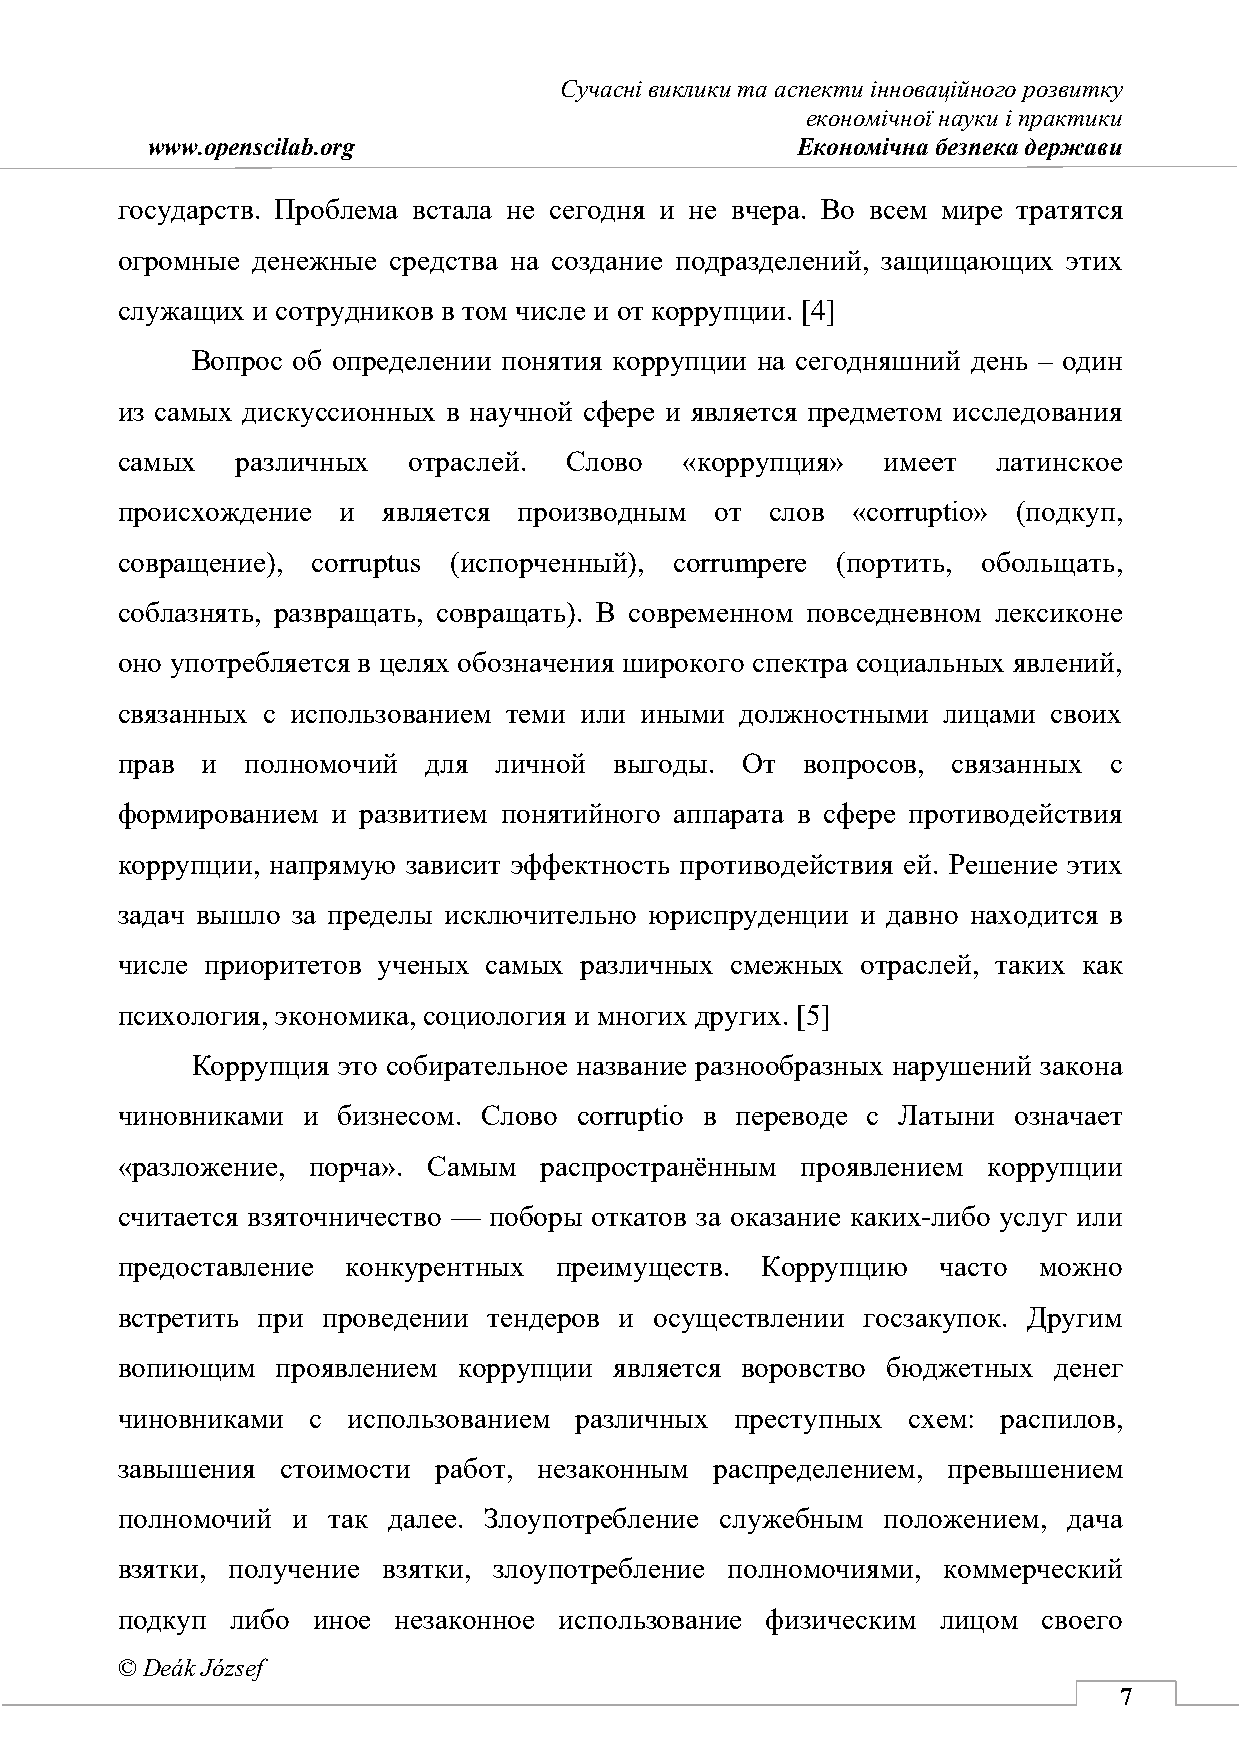
Сучасні виклики та аспекти інноваційного розвитку
 економічної науки і практики
 www.openscilab.org                         Економічна безпека держави
 государств. Проблема встала не сегодня и не вчера. Во всем мире тратятся
 огромные денежные средства на создание подразделений, защищающих этих
 служащих и сотрудников в том числе и от коррупции. [4]
 Вопрос об определении понятия коррупции на сегодняшний день – один
 из самых дискуссионных в научной сфере и является предметом исследования
 самых   различных  отраслей.  Слово  «коррупция»   имеет  латинское
 происхождение  и является производным  от  слов «corruptio» (подкуп,
 совращение), corruptus (испорченный), corrumpere (портить, обольщать,
 соблазнять, развращать, совращать). В современном повседневном лексиконе
 оно употребляется в целях обозначения широкого спектра социальных явлений,
 связанных с использованием теми или иными должностными лицами своих
 прав и  полномочий  для  личной  выгоды. От  вопросов, связанных с
 формированием и развитием понятийного аппарата в сфере противодействия
 коррупции, напрямую зависит эффектность противодействия ей. Решение этих
 задач вышло за пределы исключительно юриспруденции и давно находится в
 числе приоритетов ученых самых различных смежных отраслей, таких как
 психология, экономика, социология и многих других. [5]
 Коррупция это собирательное название разнообразных нарушений закона
 чиновниками и бизнесом. Слово corruptio в перевoде с Латыни означает
 «разложение, порча». Самым  распространённым проявлением коррупции
 считается взяточничество — поборы откатов за оказание каких-либо услуг или
 предоставление конкурентных  преимуществ. Коррупцию   часто  можно
 встретить при проведении тендеров и осуществлении госзакупок. Другим
 вопиющим  проявлением коррупции  является воровство бюджетных денег
 чиновниками  с использованием различных  преступных схем: распилов,
 завышения  стоимости работ, незаконным распределением, превышением
 полномочий и  так далее. Злоупотребление служебным положением, дача
 взятки, получение взятки, злоупотребление полномочиями, коммерческий
 подкуп либо  иное незаконное использование физическим лицом  своего
 © Deák József
 7